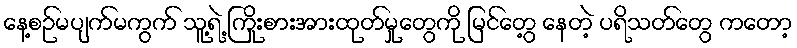
နေ့စဉ်မပျက်မကွက် သူ့ရဲ့ ကြိုးစားအားထုတ်မှုတွေကို မြင်တွေ့ နေတဲ့ ပရိသတ်တွေ ကတော့